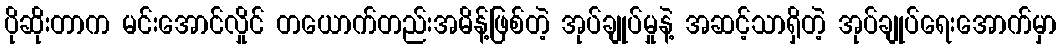
ပိုဆိုးတာက မင်းအောင်လှိုင် တယောက်တည်းအမိန့်ဖြစ်တဲ့ အုပ်ချုပ်မှုနဲ့ အဆင့်သာရှိတဲ့ အုပ်ချုပ်ရေးအောက်မှာ